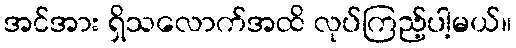
အင်အား ရှိသလောက်အထိ လုပ်ကြည့်ပါ့မယ်။